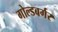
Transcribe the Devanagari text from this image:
गोल्डबर्गर